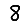
Digit: 8